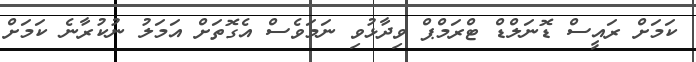
ކަމަށް ރައީސް ޑޮނަލްޑް ޓްރަމްޕް ވިދާޅުވި ނަމަވެސް އެގޮތަށް އަމަލު ނުކުރާނެ ކަމަށް